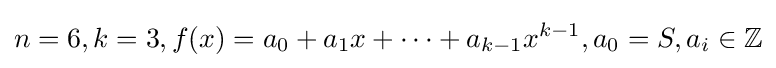
n=6,k=3,f(x)=a_{0}+a_{1}x+\cdots +a_{k-1}x^{k-1},a_{0}=S,a_{i}\in \mathbb {Z}